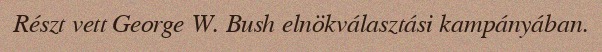
Részt vett George W. Bush elnökválasztási kampányában.